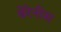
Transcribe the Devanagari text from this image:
बेरेनीस